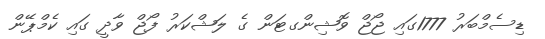
ޑިސެމްބަރު 1777ގައި ޖޯޖް ވޮޝިންގޓަން ގެ ލަޝްކަރު ފޯޖް ވާދީ ގައި ކެމްޕޭން